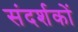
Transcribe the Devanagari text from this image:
संदर्शकों